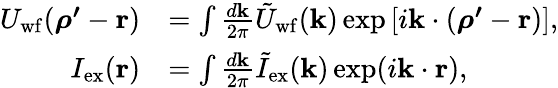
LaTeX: \begin{array}{rl}{U_{\mathrm{wf}}(\boldsymbol{\rho^{\prime}}-\mathbf{r})}&{=\int\frac{d\mathbf{k}}{2\pi}\tilde{U}_{\mathrm{wf}}(\mathbf{k})\exp\left[i\mathbf{k}\cdot(\boldsymbol{\rho^{\prime}}-\mathbf{r})\right],}\\ {I_{\mathrm{ex}}(\mathbf{r})}&{=\int\frac{d\mathbf{k}}{2\pi}\tilde{I}_{\mathrm{ex}}(\mathbf{k})\exp(i\mathbf{k}\cdot\mathbf{r}),}\end{array}